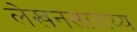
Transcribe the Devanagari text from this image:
लेखनसाहाय्य